Sketch of the medical history of the native army of Bombay, for the year
Year: 1872
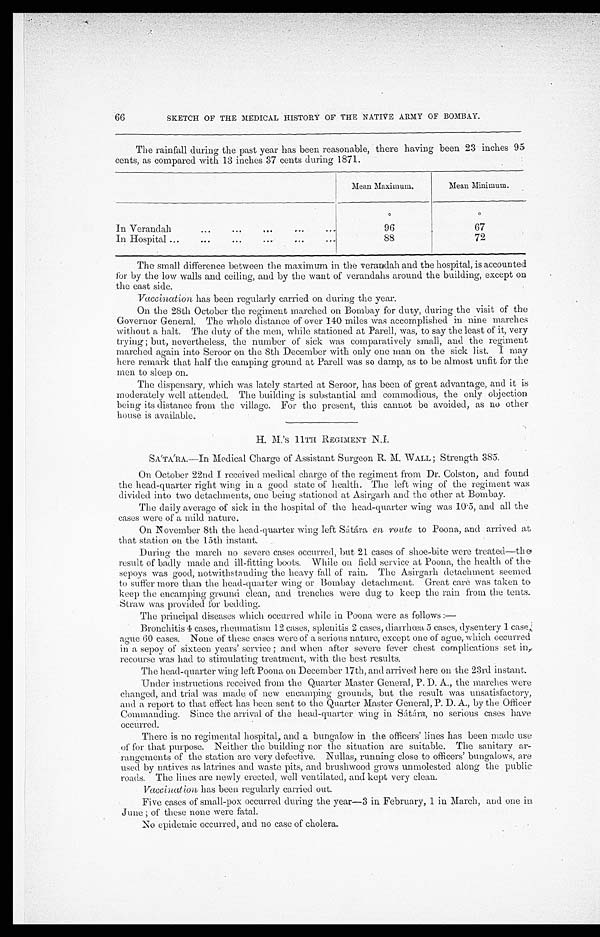
SKETCH OF THE MEDICAL HISTORY OF THE NATIVE ARMY OF BOMBAY.
The rainfall during the past year has been reasonable, there having been 23 inches 95
cents, as compared with 13 inches 37 cents during 1871.
Mean Maximum.
Mean Minimum.
º
º
In Verandah . . .
9 6
6 7
In Hospital . . .
88
72
The small difference between the maximum in the verandah and the hospital, is accounted
for by the low walls and ceiling, and by the want of verandahs around the building, except on
the east side.
Vaccination has been regularly carried on during the year.
On the 28th October the regiment marched on Bombay for duty, during the visit of the
Governor General. The whole distance of over 140 miles was accomplished in nine marches
without a halt. The duty of the men, while stationed at Parch, was, to say the least of it, very
trying; but, nevertheless, the number of sick was comparatively small, and the regiment
marched again into Seroor on the 8th December with only one man on the sick list. I may
here remark that half the camping ground at Parell was so damp, as to be almost unfit for the
men to sleep on.
The dispensary, which was lately started at Seroor, has been of great advantage, and it is
moderately well attended. The building is substantial and commodious, the only objection
being its distance from the village. For the present, this cannot be avoided, as no other
house is available.
H. M.'s 11TH REGIMENT N.I.
SÁTÁRA.—In Medical Charge of Assistant Surgeon R. M. WALL; Strength 385.
On October 22nd I received medical charge of the regiment from Dr. Colston, and found
the head-quarter right wing in a good. state of health. The left wing of the regiment was
divided into two detachments, one being stationed at Asirgarh and the other at Bombay.
The daily average of sick in the hospital of the head-quarter wing was 10.5, and all the
eases were of a mild nature.
On November 8th the bead-quarter wing left Sátára en route to Poona, and arrived at
that station on the 15th instant.
During the march no severe cases occurred, but 21 cases of shœ-bite were treated—the
result of badly made and ill-fitting boots. While on field service at Poona, the health of the
sepoys was good, notwithstanding the heavy filll of rain. The Asirgarh detachment seemed
to suffer more than the head-quarter wing or Bombay detachment. Great care was taken to
keep the encamping ground clean, and trenches were dug to keep the rain from the tents.
Straw was provided for bedding.
The principal diseases which occurred while in Poona were as follows
: —
Bronchitis 4 cases, rheumatism 12 cases, splenitis 2 cases, diarrhœa 5 cases, dysentery 1 case,
ague 60 cases. None of these cases were of a serious nature, except one of ague, which occurred
in a sepoy of sixteen years' service; and when after severe fever chest complications set in,
recourse was had to stimulating treatment, with the best results.
The head-quarter wing left Poona on December 17th, and arrived here on the 23rd instant.
Under instructions received from the Quarter Master General, P. D. A., the marches were
changed, and trial was made of new encamping grounds, but the result was unsatisfactory,
and a report to that effect has been sent to the Quarter Master General, P. D. A., by the Officer
Commanding. Since the arrival of the head-quarter wing in Sátára, no serious cases have,
occurred.
There is no regimental hospital, and a bungalow in the officers' lines has been made use
of for that purpose. Neither the building nor the situation are suitable. The sanitary ar
- r a n g e m e n t s o f t h e s t a t i o n a r e v e r y d e f e c t i v e . N u l l a s , r u n n i n g c l o s e t o o f f i c e r s ' b u n g a l o w s , a r e
used by natives as latrines and waste pits, and brushwood grows unmolested along the public
roads. The lines are newly erected, well ventilated, and kept very clean.
Vaccination, has been regularly carried out.
Five cases of small-pox occurred during the year—3 in February, 1 in March, and one in
June; of these none were fatal.
No epidemic occurred, and no case of cholera.
66